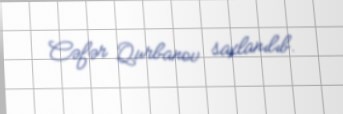
Cəfər Qurbanov saxlanılıb.